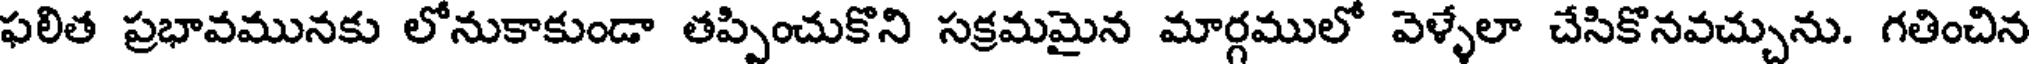
ఫలిత ప్రభావమునకు లోనుకాకుండా తప్పించుకొని సక్రమమైన మార్గములో వెళ్ళేలా చేసికొనవచ్చును. గతించిన